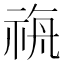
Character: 𮁼